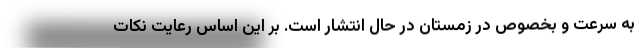
به سرعت و بخصوص در زمستان در حال انتشار است. بر این اساس رعایت نکات